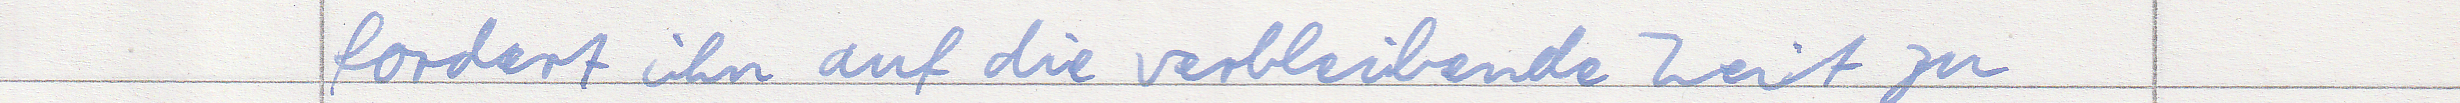
fordert ihn auf die verbleibende Zeit zu